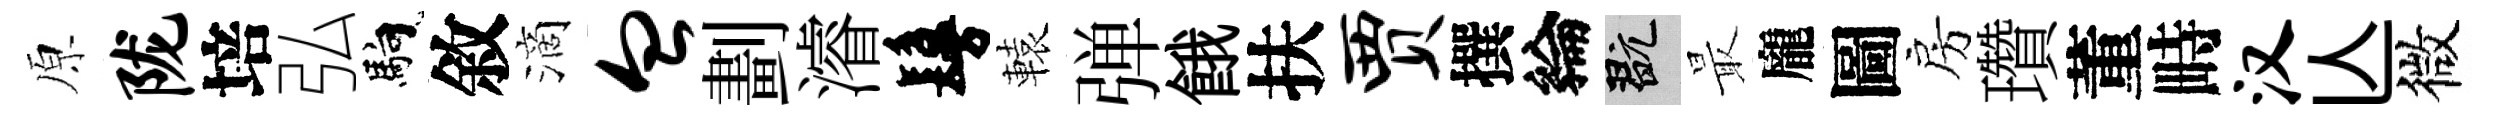
原陇培弘馿敘滴血劃濬鬘轅弹餓扶贾撰綸玩最龐圖房瓚董畤汉亾微